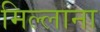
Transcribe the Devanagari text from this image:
मिल्लाना